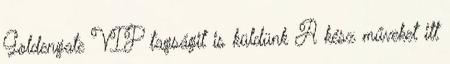
Goldengate VIP tagságit is küldünk A kész műveket itt